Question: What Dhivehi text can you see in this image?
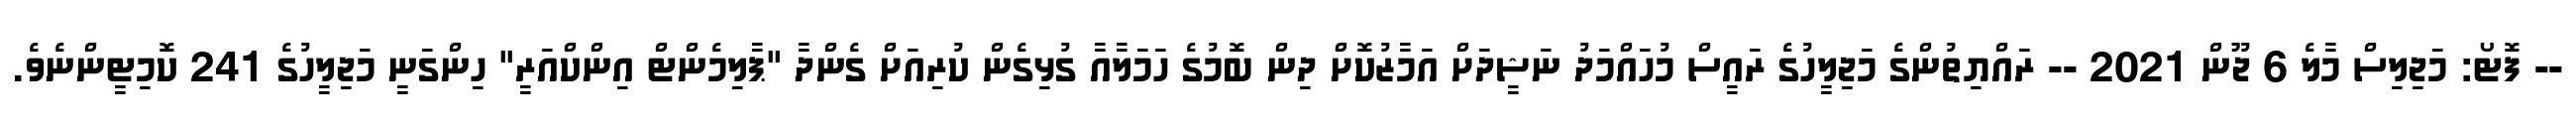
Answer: -- ފޮޓޯ: މަޖިލިސް މާލެ 6 ޖޫން 2021 -- ރައްޔިތުންގެ މަޖިލީހުގެ ރައީސް މުހައްމަދު ނަޝީދަށް އަމާޒުކޮށް ދިން ބޮމުގެ ހަމަލާއާ ގުޅިގެން ކުރިއަށް ގެންދާ "ޕާލިމެންޓް އިންކްއަރީ" ހިންގަނީ މަޖިލީހުގެ 241 ކޮމިޓީންނެވެ.